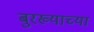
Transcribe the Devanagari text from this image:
बुरख्याच्या